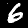
Digit: 6